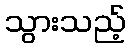
သွားသည့်